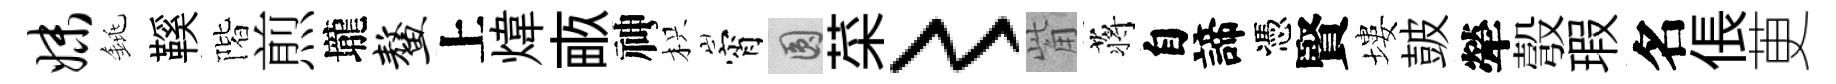
妹銚鞵階煎壠鳌上煒畞神枳宵圓菜〻觜蒋自諦憑賢塿皷犖彀瑕名倀茰